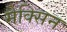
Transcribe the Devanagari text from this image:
मैक्सिन